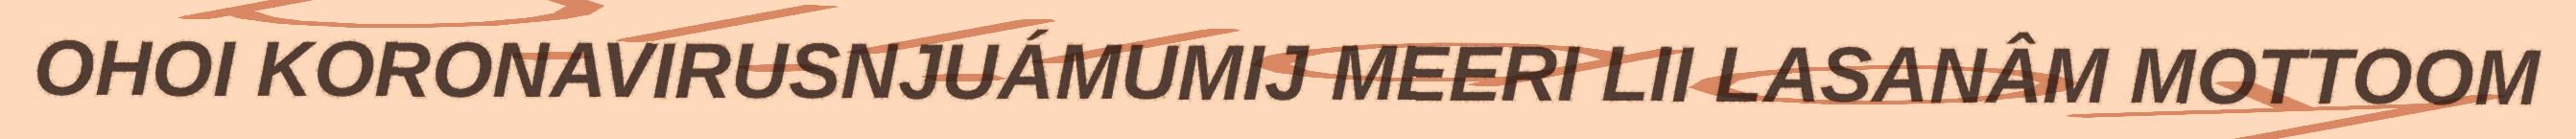
OHOI KORONAVIRUSNJUÁMUMIJ MEERI LII LASANÂM MOTTOOM